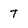
Character: T